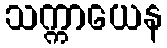
သက္ကာယေန